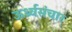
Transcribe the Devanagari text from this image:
ऊर्ध्वसंचार